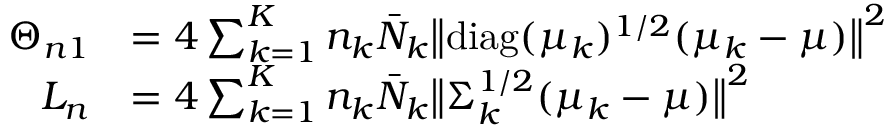
\begin{array} { r l } { \Theta _ { n 1 } } & { = 4 \sum _ { k = 1 } ^ { K } n _ { k } \bar { N } _ { k } \bigl \| \mathrm { d i a g } ( \mu _ { k } ) ^ { 1 / 2 } ( \mu _ { k } - \mu ) \bigr \| ^ { 2 } } \\ { L _ { n } } & { = 4 \sum _ { k = 1 } ^ { K } n _ { k } \bar { N } _ { k } \bigl \| \Sigma _ { k } ^ { 1 / 2 } ( \mu _ { k } - \mu ) \bigr \| ^ { 2 } } \end{array}